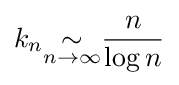
k_{n}{\underset {n\to \infty }{\sim }}{\frac {n}{\log n}}